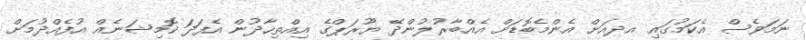
ނަމަވެސް އެކަމުގައި އދއަށް އެންމެބޮޑަށް އެއްބާރުލުންދޭ ޔޫރަޕްގެ އިއްތިހާދުން އެފަދަ ކޮމިޝަނެއް އުފެއްދުމަށް